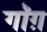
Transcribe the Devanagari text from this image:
गॉग़